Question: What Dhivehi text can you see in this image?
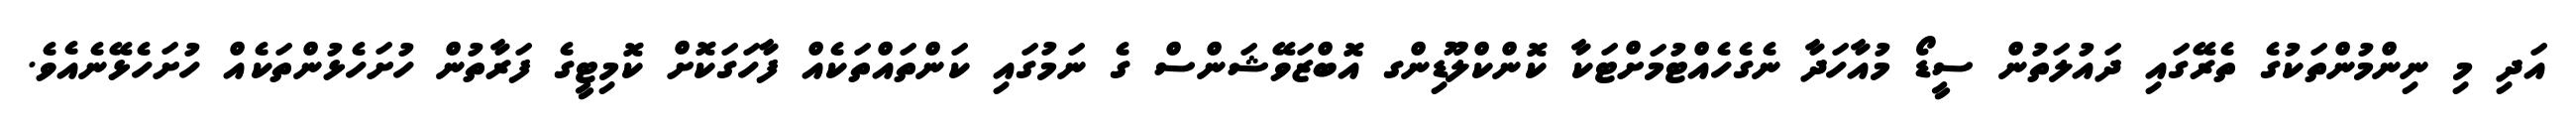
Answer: އަދި މި ނިންމުންތަކުގެ ތެރޭގައި ދައުލަތުން ސީޑޯ މުއާހަދާ ނެގެހެއްޓުމަށްޓަކާ ކޮންކްލޫޑިންގ އޮބްޒަވޭޝަންސް ގެ ނަމުގައި ކަންތައްތަކެއް ފާހަގަކޮށް ކޮމިޓީގެ ފަރާތުން ހުށަހެޅުންތަކެއް ހުށަހެޅޭނެއެވެ.